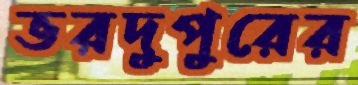
ভরদুপুরের